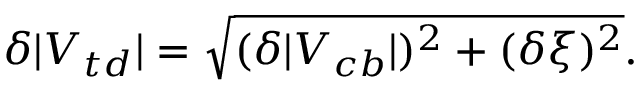
\delta | V _ { t d } | = \sqrt { ( \delta | V _ { c b } | ) ^ { 2 } + ( \delta \xi ) ^ { 2 } } .